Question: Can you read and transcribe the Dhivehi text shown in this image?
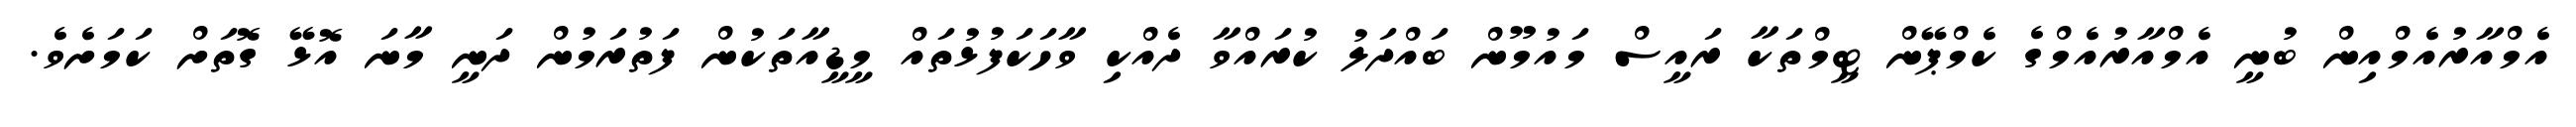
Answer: އެމްއާރުއެމްއިން ބުނީ އެމްއާރުއެމްގެ ކެމްޕޭން ޓީމްތަކާ ރައީސް މައުމޫން ބައްދަލު ކުރައްވާ ދެއްކި ވާހަކަފުޅުތައް މީޑީއާތަކުން ފަތުރަމުން ދަނީ މާނަ އޮޅޭ ގޮތަށް ކަމަށެވެ.